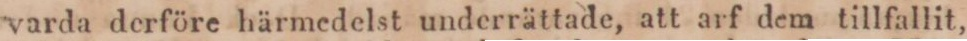
varda derföre härmedelst underrättade, att arf dem tillfallit,